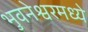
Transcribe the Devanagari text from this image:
भुवनेश्वरमध्ये